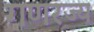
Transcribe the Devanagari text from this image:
गणरज्य